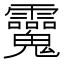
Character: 𩵂